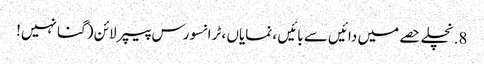
8. نچلے حصے میں دائیں سے بائیں ، نمایاں ، ٹرانسورس پیپر لائن (گنا نہیں!